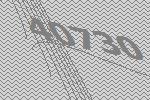
40730